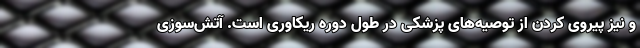
و نیز پیروی کردن از توصیه‌های پزشکی در طول دوره ریکاوری است. آتش‌سوزی